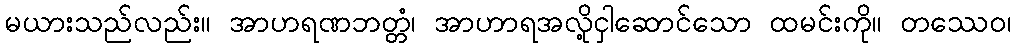
မယားသည်လည်း။ အာဟရဏဘတ္တံ၊ အာဟာရအလို့ငှါဆောင်သော ထမင်းကို။ တဿေဝ၊